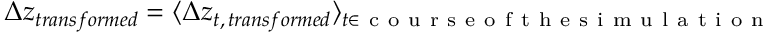
\Delta z _ { t r a n s f o r m e d } = \langle \Delta z _ { t , \, t r a n s f o r m e d } \rangle _ { t \in \mathrm { ~ c ~ o ~ u ~ r ~ s ~ e ~ o ~ f ~ t ~ h ~ e ~ s ~ i ~ m ~ u ~ l ~ a ~ t ~ i ~ o ~ n ~ } }